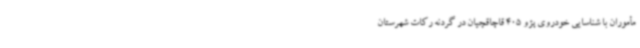
مأموران با شناسایی خودروی پژو 405 قاچاقچیان در گردنه رکات شهرستان